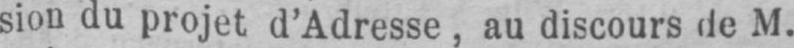
sion du projet d’Adresse, au discours de M.